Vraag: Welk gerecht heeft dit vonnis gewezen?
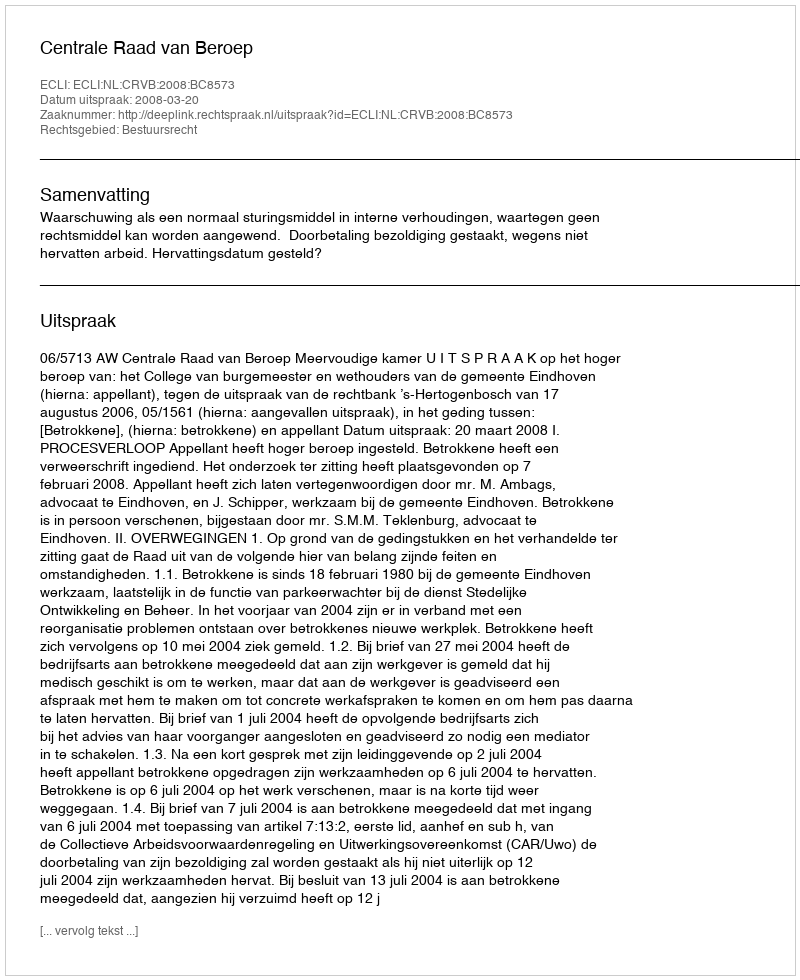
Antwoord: Centrale Raad van Beroep